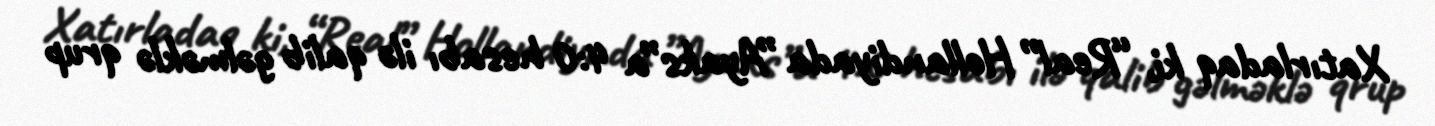
Xatırladaq ki, “Real” Hollandiyada ”Ayaks”a 4:0 hesabı ilə qalib gəlməklə qrup